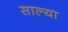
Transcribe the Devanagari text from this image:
साल्या